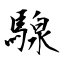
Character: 騡